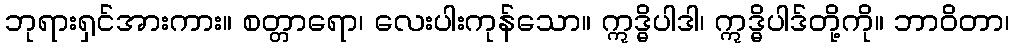
ဘုရားရှင်အားကား။ စတ္တာရော၊ လေးပါးကုန်သော။ ဣဒ္ဓိပါဒါ၊ ဣဒ္ဓိပါဒ်တို့ကို။ ဘာဝိတာ၊